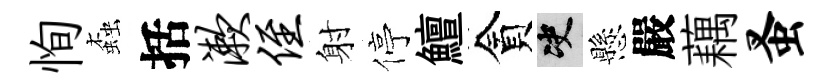
恂螙括漱侄射停鱣貪决懸嚴藕蚤